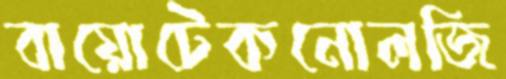
বায়োটেকনোলজি